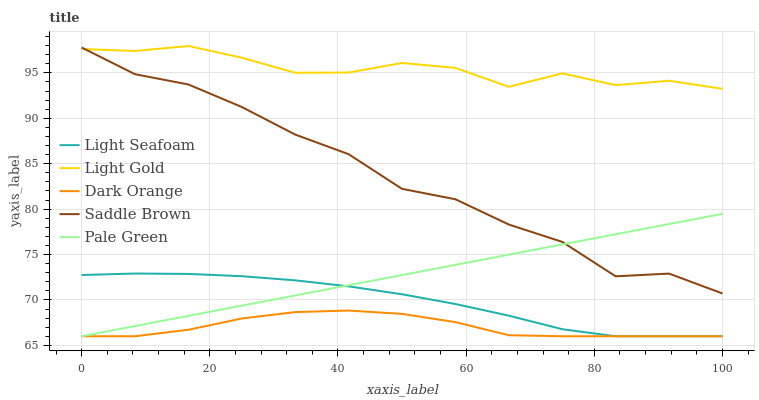
| xaxis_label | Light Seafoam | Light Gold | Dark Orange | Saddle Brown | Pale Green |
 | --- | --- | --- | --- | --- | --- |
 | 0 | 72.7 | 97.6 | 66 | 97.8 | 66 |
 | 8.33 | 72.9 | 97.4 | 66 | 94.8 | 67.1 |
 | 16.7 | 72.9 | 98 | 66.7 | 93.7 | 68.2 |
 | 25 | 72.6 | 96.7 | 68 | 91.2 | 69.4 |
 | 33.3 | 72.2 | 95 | 68.7 | 88.2 | 70.5 |
 | 41.7 | 71.5 | 95 | 68.8 | 86 | 71.6 |
 | 50 | 70.6 | 96.1 | 68.5 | 82.2 | 72.7 |
 | 58.3 | 69.5 | 95.5 | 67.6 | 81.1 | 73.9 |
 | 66.7 | 68.3 | 93.5 | 66.1 | 78.3 | 75 |
 | 75 | 66.8 | 94.9 | 66 | 76.4 | 76.1 |
 | 83.3 | 66 | 93.6 | 66 | 72.6 | 77.2 |
 | 91.7 | 66 | 94.1 | 66 | 72.9 | 78.4 |
 | 100 | 66 | 93.2 | 66 | 70.7 | 79.5 |